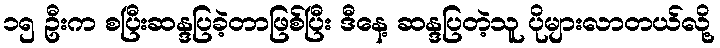
၁၅ ဦးက စပြီးဆန္ဒပြခဲ့တာဖြစ်ပြီး ဒီနေ့ ဆန္ဒပြတဲ့သူ ပိုများလာတယ်လို့